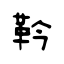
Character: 靲